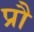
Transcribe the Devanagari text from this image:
प्रौ